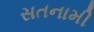
સતનામી